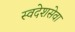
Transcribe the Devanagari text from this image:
स्वदेशसेवा